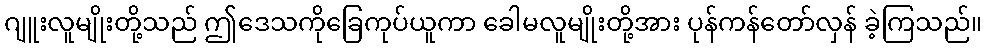
ဂျူးလူမျိုးတို့သည် ဤဒေသကိုခြေကုပ်ယူကာ ခေါမလူမျိုးတို့အား ပုန်ကန်တော်လှန် ခဲ့ကြသည်။